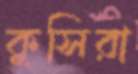
কুসিরা